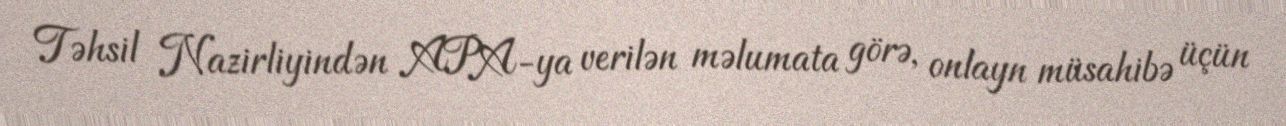
Təhsil Nazirliyindən APA-ya verilən məlumata görə, onlayn müsahibə üçün